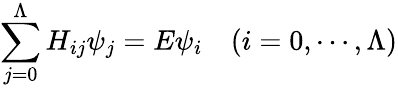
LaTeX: \sum_{j=0}^{\Lambda}H_{ij}\psi_{j}=E\psi_{i}\quad(i=0,\cdots,\Lambda)